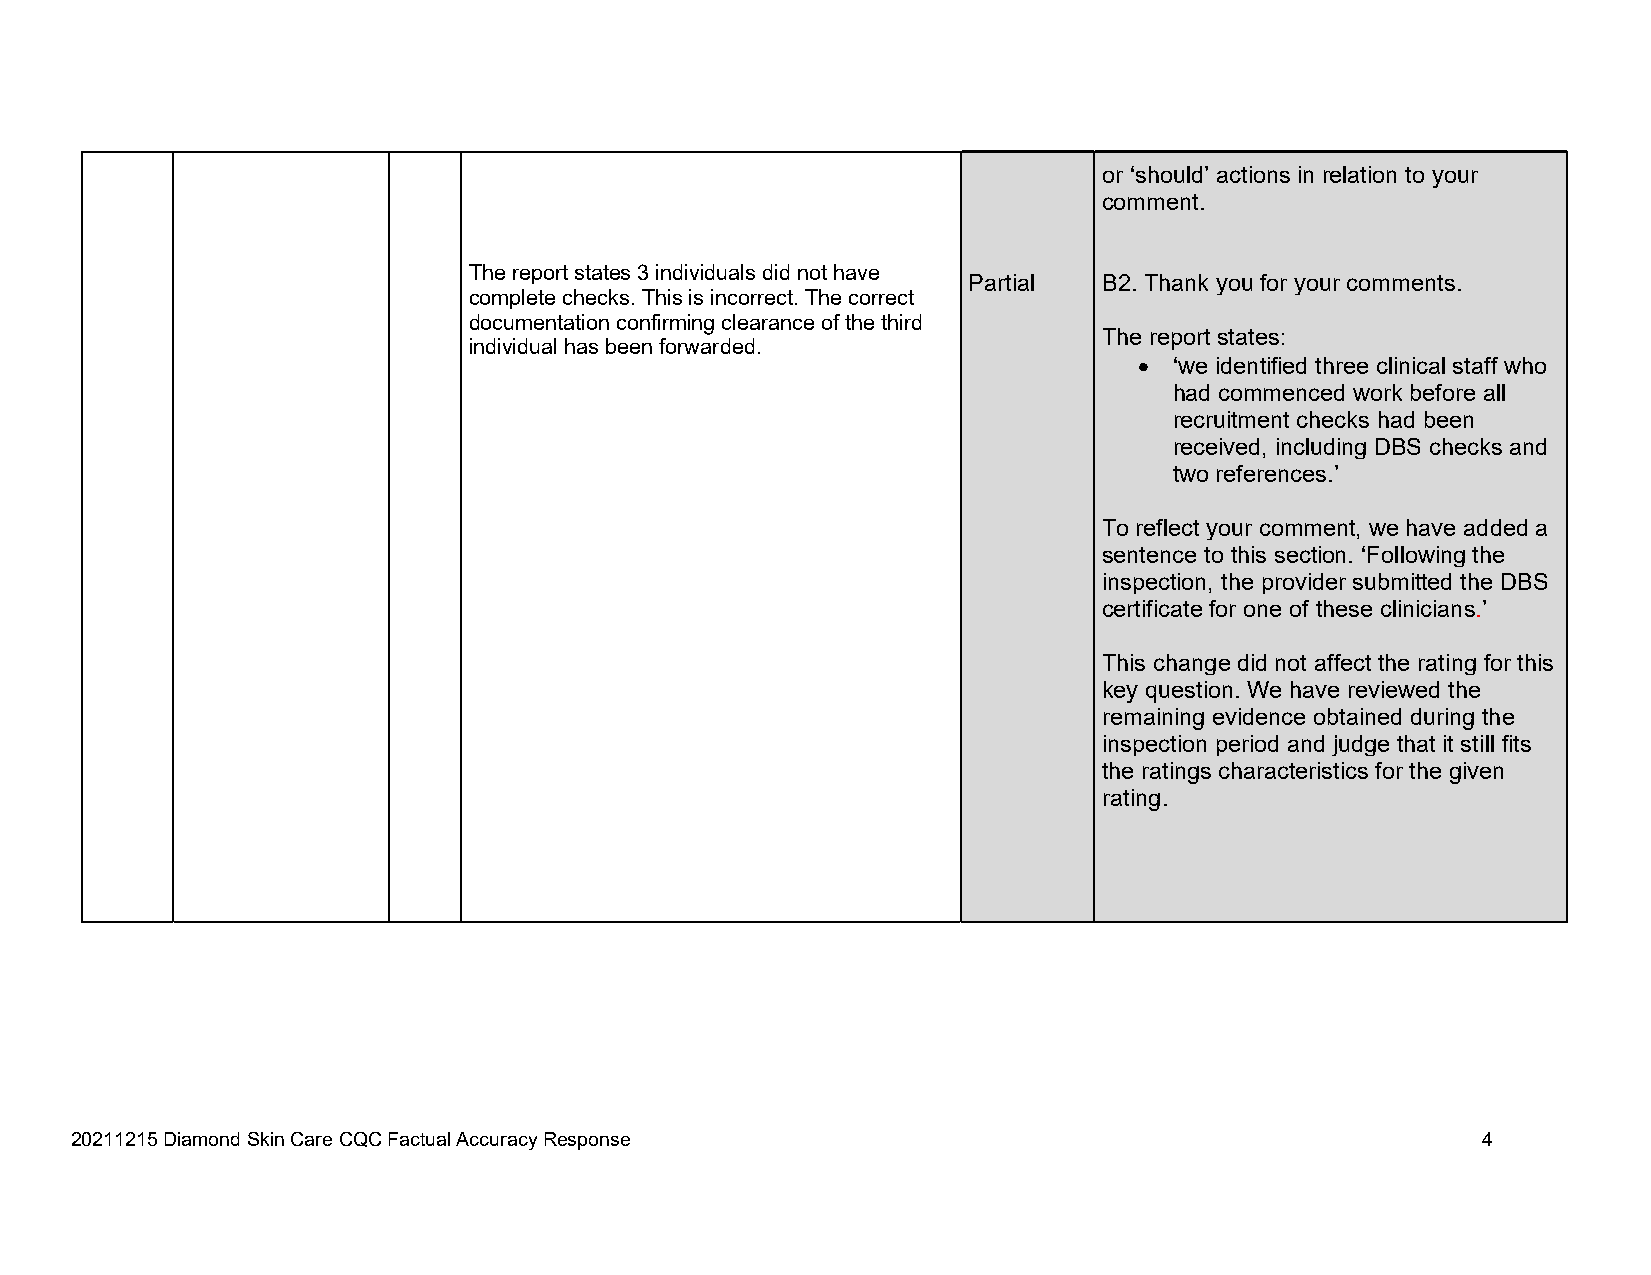
or ‘should’ actions in relation to your
 comment.
 The report states 3 individuals did not have
 Partial  B2. Thank you for your comments.
 complete checks. This is incorrect. The correct
 documentation confirming clearance of the third
 The report states:
 individual has been forwarded.
   ‘we identified three clinical staff who
 had commenced work before all
 recruitment checks had been
 received, including DBS checks and
 two references.’
 To reflect your comment, we have added a
 sentence to this section. ‘Following the
 inspection, the provider submitted the DBS
 certificate for one of these clinicians.’
 This change did not affect the rating for this
 key question. We have reviewed the
 remaining evidence obtained during the
 inspection period and judge that it still fits
 the ratings characteristics for the given
 rating.
 20211215 Diamond Skin Care CQC Factual Accuracy Response                                     4